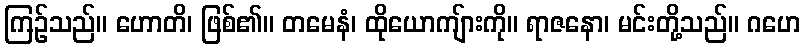
ကြဉ်သည်။ ဟောတိ၊ ဖြစ်၏။ တမေနံ၊ ထိုယောကျ်ားကို။ ရာဇနော၊ မင်းတို့သည်။ ဂဟေ